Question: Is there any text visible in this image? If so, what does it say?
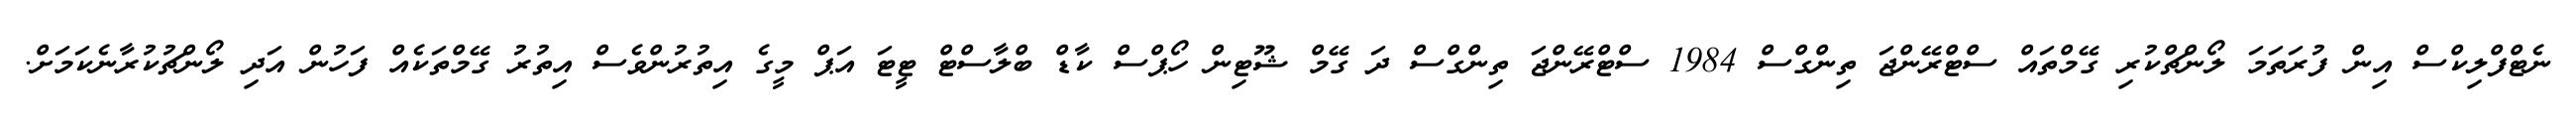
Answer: ނެޓްފްލިކްސް އިން ފުރަތަމަ ލޯންޗްކުރި ގޭމްތައް ސްޓްރޭންޖަ ތިންގްސް 1984 ސްޓްރޭންޖަ ތިންގްސް ދަ ގޭމް ޝޫޓިން ހޯޕްސް ކާޑް ބްލާސްޓް ޓީޓަ އަޕް މީގެ އިތުރުންވެސް އިތުރު ގޭމްތަކެއް ފަހުން އަދި ލޯންޗުކުރާނެކަމަށް.